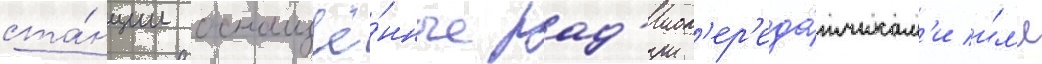
ста́нции оснащё́нные рад'иоп'ер'еда́тчикам'и и́л'и